Sanitation, dispensaries and jails vaccination Rajputana 1922-1927 - 1922-1927
Year: 1922
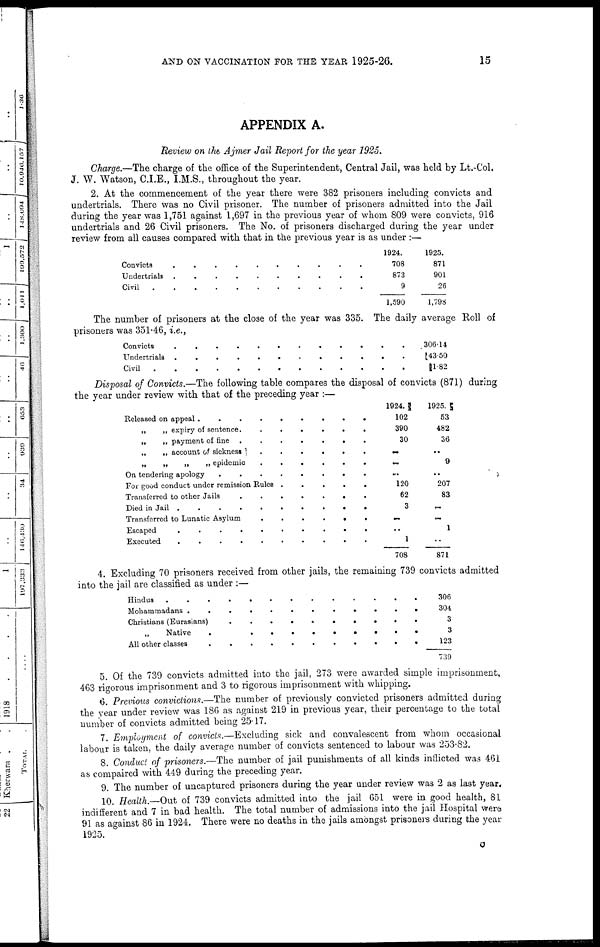
AND ON VACCINATION FOR THE YEAR 1925-26.
15
APPENDIX A.
Review on the Ajmer Jail Report for the year 1925.
Charge.—The charge of the office of the Superintendent, Central Jail, was held by Lt.-Col.
J. W. Watson, C.I.E., I.M.S., throughout the year.
2. At the commencement of the year there were 382 prisoners including convicts and
undertrials. There was no Civil prisoner. The number of prisoners admitted into the Jail
during the year was 1,751 against 1,697 in the previous year of whom 809 were convicts, 916
undertrials and 26 Civil prisoners. The No. of prisoners discharged during the year under
review from all causes compared with that in the previous year is as under :—
Convicts . . . . . . . . . . . .
Undertrials
.
.
.
.
.
.
.
.
.
.
Civil
.
.
.
.
.
.
.
.
.
.
.
.
.
.
1924.
708
873
9
1,590
1925.
871
901
26
1,798
The number of prisoners at the close of the year was 335. The daily average Roll of
prisoners was 351.46, i.e.,
Convicts . . . . . . . . . . .
Undertrials . . . . . . . . .
Civil . . . . . . . . . . . . .
306.14
43.50
1.82
Disposal of Convicts.—The following table compares the disposal of convicts (871) during
the year under review with that of the preceding year :—
Released on appeal .
.
.
.
.
.
.
.
.
„
„ expiry of sentence.
.
.
.
.
.
.
„
„ payment of fine .
.
.
.
.
.
.
„
„ account of sickness
.
.
.
.
.
.
„
„
„
„
epidemic
.
.
.
.
.
.
.
.
On tendering apology
.
.
.
.
.
.
.
.
For good conduct under remission Rules .
.
.
.
.
Transferred to other Jails
.
.
.
.
.
.
.
Died in Jail .
.
.
.
.
.
.
.
.
.
Transferred to Lunatic Asylum
.
.
.
.
.
.
Escaped
.
.
.
.
.
.
.
.
.
.
Executed
.
.
.
.
.
.
.
.
.
.
1924.
102
390
30
..
..
..
120
62
3
..
..
1
708
1925.
53
482
36
..
9
..
207
83
...
..
1
..
871
4. Excluding 70 prisoners received from other jails, the remaining 739 convicts admitted
into the jail are classified as under :—
Hindus . . . . . . . . . . . . . . . . . . . . . .
Mohammadans . . . . . . . . . . . . . .. . .
Christians (Eurasians) . . . . . . . . . . .
„ Native . . . . . . . . . . . . . . . . . .
All other classes . . . . . . . . . . . . .
306
304
3
3
123
739
5. Of the 739 convicts admitted into the jail, 273 were awarded simple imprisonment,
463 rigorous imprisonment and 3 to rigorous imprisonment with whipping.
6. Previous convictions.—The number of previously convicted prisoners admitted during
the year under review was 186 as against 219 in previous year, their percentage to the total
number of convicts admitted being 25.17.
7. Employment of convicts.—Excluding sick and convalescent from whom occasional
labour is taken, the daily average number of convicts sentenced to labour was 253.82.
8. Conduct of prisoners.—The number of jail punishments of all kinds inflicted was 461
as compaired with 449 during the preceding year.
9. The number of uncaptured prisoners during the year under review was 2 as last year.
10. Health.—Out of 739 convicts admitted into the jail 651 were in good health, 81
indifferent and 7 in bad health. The total number of admissions into the jail Hospital were
91 as against 86 in 1924. There were no deaths in the jails amongst prisoners during the year
1925.
O